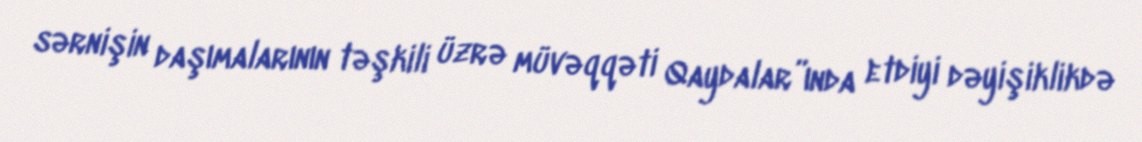
sərnişin daşımalarının təşkili üzrə müvəqqəti Qaydalar”ında etdiyi dəyişiklikdə